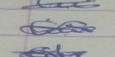
Signature authenticity: genuine